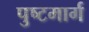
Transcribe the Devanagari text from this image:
पुष्टमार्ग